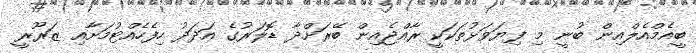
ބީއެމްއެލްއިން ބުނީ މި ފިޔަވަޅުތަކަކީ ރާއްޖެއިން ބޭރަށްދާ ޑޮލަރުގެ އަދަދު ހިފެހެއްޓުމަށާއި ޒަރޫރީ